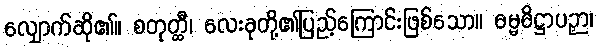
လျှောက်ဆို၏။ စတုတ္ထီ၊ လေးခုတို့၏ပြည့်ကြောင်းဖြစ်သော။ ဓမ္မဓိဋ္ဌာပဉှာ၊